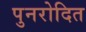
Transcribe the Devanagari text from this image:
पुनरोदित